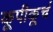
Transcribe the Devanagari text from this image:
कूपीकूर्च